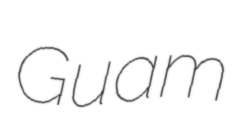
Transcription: Guam